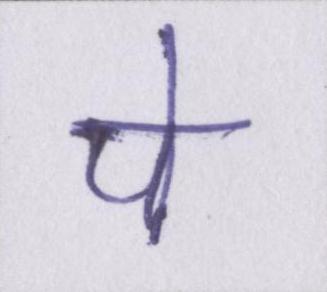
पे